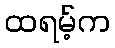
ထရမ့်က